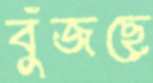
বুঁজছে